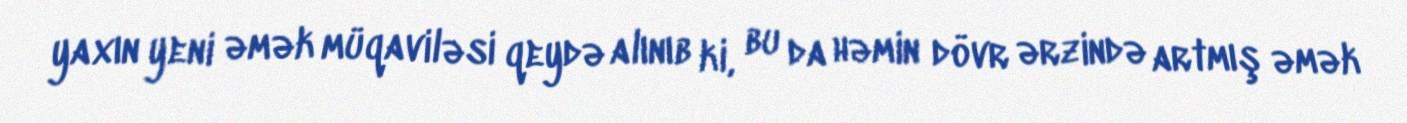
yaxın yeni əmək müqaviləsi qeydə alınıb ki, bu da həmin dövr ərzində artmış əmək